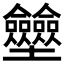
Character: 𡔗